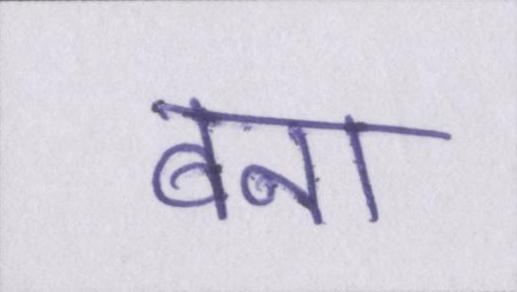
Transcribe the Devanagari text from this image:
बना